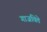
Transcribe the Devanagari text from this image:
गाजविते